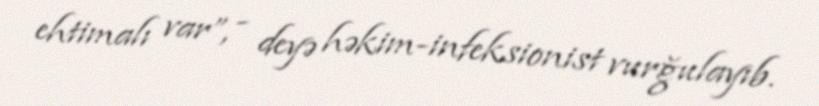
ehtimalı var”, - deyə həkim-infeksionist vurğulayıb.